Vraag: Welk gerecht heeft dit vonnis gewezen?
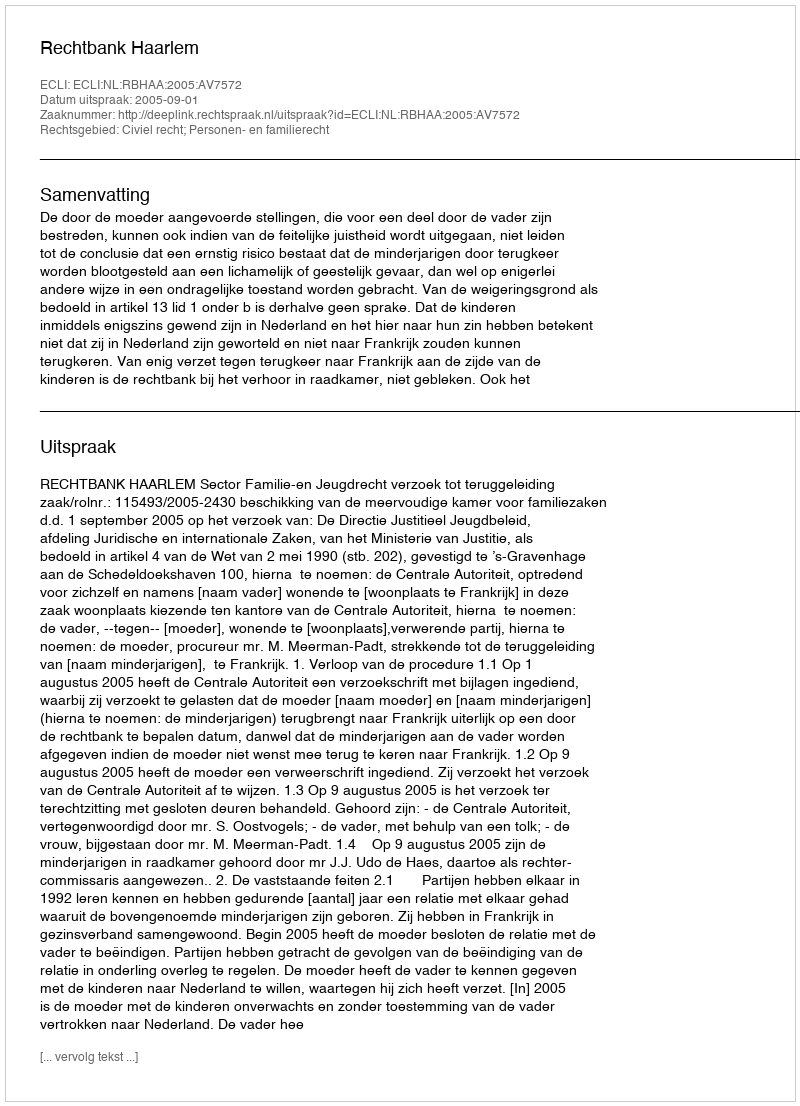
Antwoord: Rechtbank Haarlem